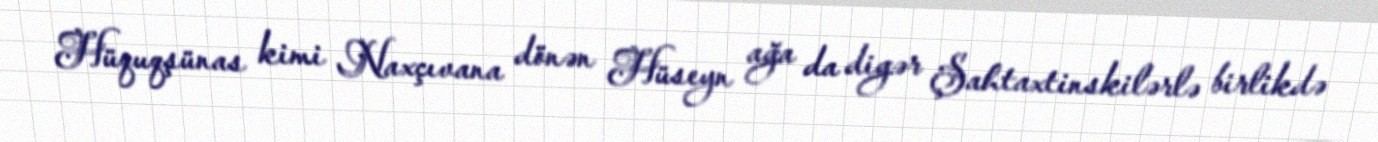
Hüquqşünas kimi Naxçıvana dönən Hüseyn ağa da digər Şahtaxtinskilərlə birlikdə